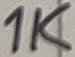
Text: 1K